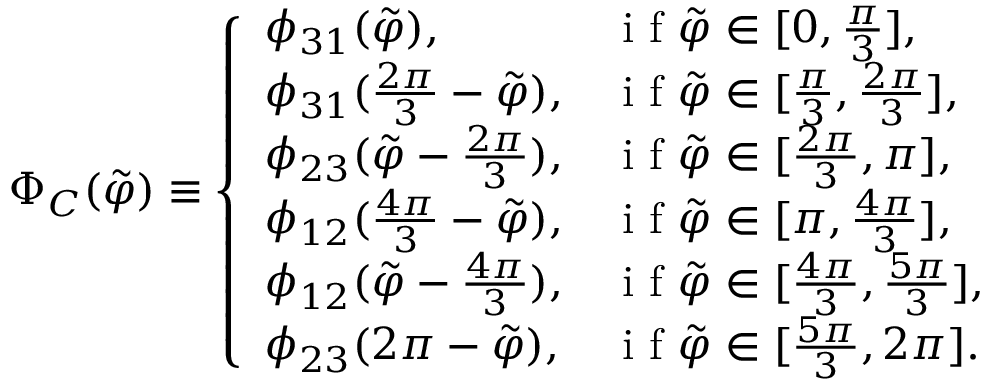
\Phi _ { C } ( \Tilde { \varphi } ) \equiv \left\{ \begin{array} { l l } { \phi _ { 3 1 } ( \Tilde { \varphi } ) , } & { \mathrm { ~ i ~ f ~ } \Tilde { \varphi } \in [ 0 , \frac { \pi } { 3 } ] , } \\ { \phi _ { 3 1 } ( \frac { 2 \pi } { 3 } - \Tilde { \varphi } ) , } & { \mathrm { ~ i ~ f ~ } \Tilde { \varphi } \in [ \frac { \pi } { 3 } , \frac { 2 \pi } { 3 } ] , } \\ { \phi _ { 2 3 } ( \Tilde { \varphi } - \frac { 2 \pi } { 3 } ) , } & { \mathrm { ~ i ~ f ~ } \Tilde { \varphi } \in [ \frac { 2 \pi } { 3 } , \pi ] , } \\ { \phi _ { 1 2 } ( \frac { 4 \pi } { 3 } - \Tilde { \varphi } ) , } & { \mathrm { ~ i ~ f ~ } \Tilde { \varphi } \in [ \pi , \frac { 4 \pi } { 3 } ] , } \\ { \phi _ { 1 2 } ( \Tilde { \varphi } - \frac { 4 \pi } { 3 } ) , } & { \mathrm { ~ i ~ f ~ } \Tilde { \varphi } \in [ \frac { 4 \pi } { 3 } , \frac { 5 \pi } { 3 } ] , } \\ { \phi _ { 2 3 } ( 2 \pi - \Tilde { \varphi } ) , } & { \mathrm { ~ i ~ f ~ } \Tilde { \varphi } \in [ \frac { 5 \pi } { 3 } , 2 \pi ] . } \end{array} \right.